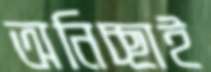
অনিচ্ছাই